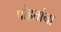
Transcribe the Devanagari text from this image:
पोहतांना